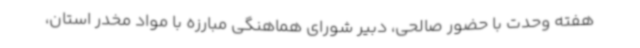
هفته وحدت با حضور صالحی، دبیر شورای هماهنگی مبارزه با مواد مخدر استان،